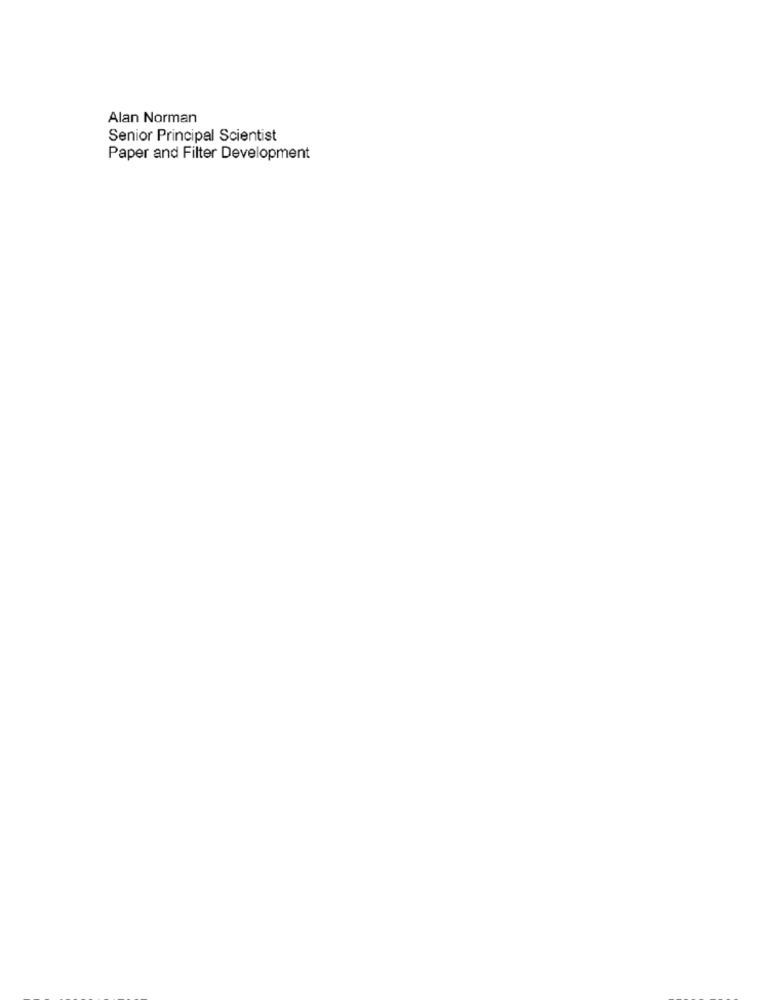
Alan Norman
Senior Principal Scientist
Paper and Filter Development